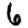
Digit: 6